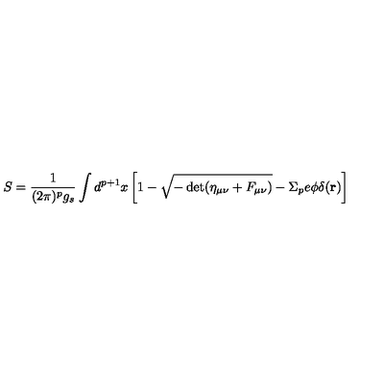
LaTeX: S = \frac { 1 } { ( 2 \pi ) ^ { p } g _ { s } } \int d ^ { p + 1 } x \left[ 1 - \sqrt { - \det ( \eta _ { \mu \nu } + F _ { \mu \nu } ) } - \Sigma _ { p } e \phi \delta ( { \bf r } ) \right]